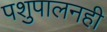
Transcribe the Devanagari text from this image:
पशुपालनही